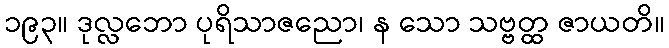
၁၉၃။ ဒုလ္လဘော ပုရိသာဇညော၊ န သော သဗ္ဗတ္ထ ဇာယတိ။